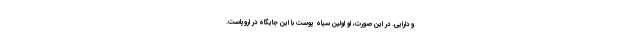
و دارایی. در این صورت، او اولین سیاه پوست با این جایگاه در اروپاست.